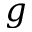
g